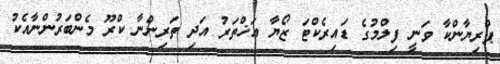
ޕްރިޔާންކާ ވަނީ ފިލްމުގެ ޑައިރެކްޓަ ޒޯޔާ އަޚްތަރު އަދި ތަރިންނާ ކްރޫ މެންބަރުންނާއެކު